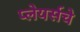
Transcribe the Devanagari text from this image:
प्लेयर्सचे